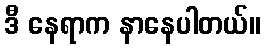
ဒီ နေရာက နာနေပါတယ်။